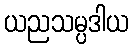
ယညသမ္ပဒါယ